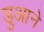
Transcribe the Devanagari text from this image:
डुआने